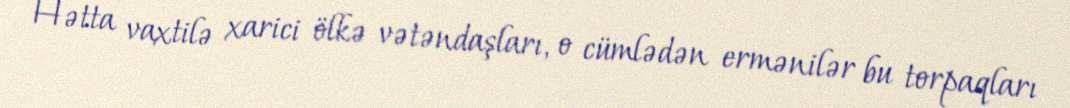
Hətta vaxtilə xarici ölkə vətəndaşları, o cümlədən ermənilər bu torpaqları